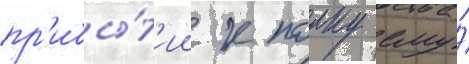
пр'ибы́т'ии к полку ему́